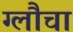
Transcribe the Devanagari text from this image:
ग्लौचा